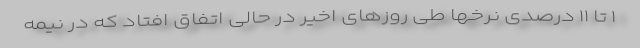
۱ تا ۱۱ درصدی نرخها طی روزهای اخیر در حالی اتفاق افتاد که در نیمه